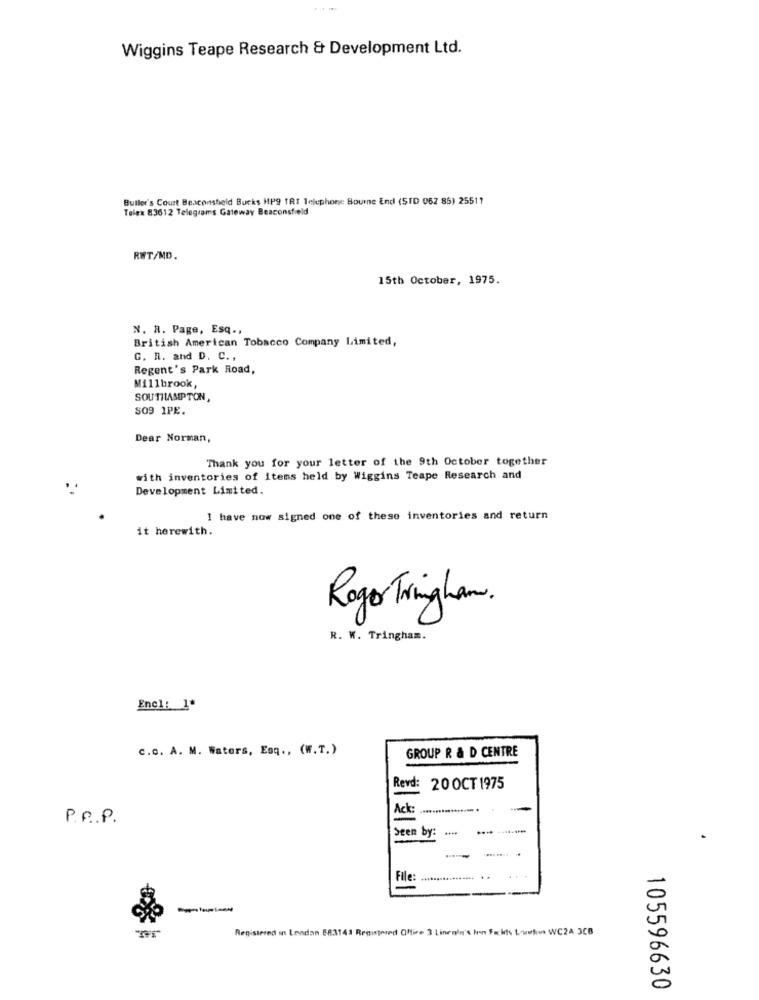
Wiggins Teape Research & Development Ltd.
Buller's Court Beaconsheld Burks HP9 TRI Telephone Bourne End (STD 062 85) 25511
Telex 83612 Telegrams Gateway Beaconsfield
RWT/MD.
15th October, 1975.
N. R. Page, Esq .,
British American Tobacco Company Limited,
G. R. and D. C .,
Regent's Park Road,
Millbrook
SOUTHAMPTON,
SO9 1PE.
Dear Norman,
Thank you for your letter of the 9th October together
with inventories of items held by Wiggins Teape Research and
Development Limited.
I have now signed one of these inventories and return
it herewith.
Roger Tringham.
R. W. Tringham.
Encl: 1ª
c.c. A. M. Waters, Esq ., (W.T.)
GROUP R & D CENTRE
Revd: 20 OCT 1975
Ack:
P. P. P.
Seen by:
File:
tomten
Registered in London 683141 Registered Office 3 Linenin's hon Facks Lowwho WC24 3CB
105596630